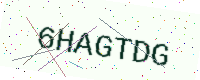
Text: 6HAGTDG